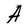
Character: A